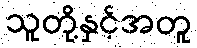
သူတို့နှင့်အတူ